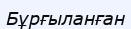
Бұрғыланған